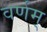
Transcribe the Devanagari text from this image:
वर्णम्